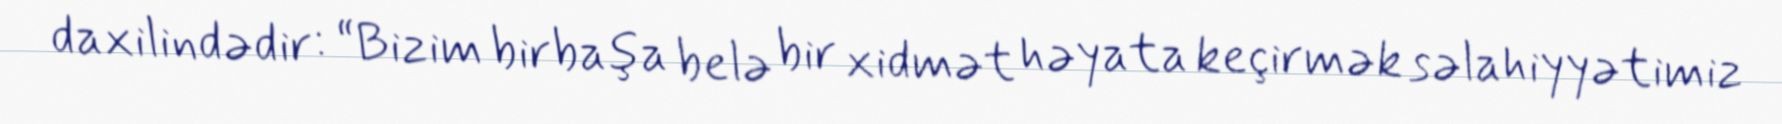
daxilindədir: “Bizim birbaşa belə bir xidmət həyata keçirmək səlahiyyətimiz